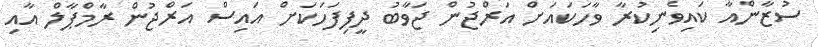
ސުޒާންއާ ކައިވެނިކުރާ ވާހަކައަށް އަރްޖުން ޖަވާބު ދީފިފަހަކަށް އައިސް އަރްޖުން ރާމްޕާލް އާއި